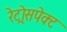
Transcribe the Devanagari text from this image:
रेट्रोसपेक्ट